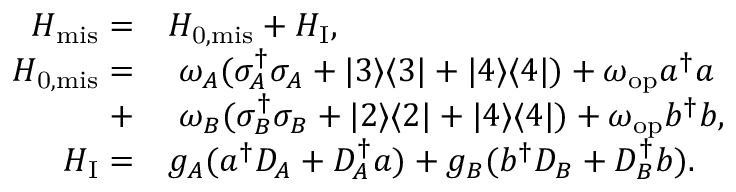
\begin{array} { r l } { H _ { \mathrm { m i s } } = } & { H _ { \mathrm { 0 , m i s } } + H _ { \mathrm { I } } , } \\ { H _ { \mathrm { 0 , m i s } } = } & { ~ \omega _ { A } ( \sigma _ { A } ^ { \dagger } \sigma _ { A } + | 3 \rangle \langle 3 | + | 4 \rangle \langle 4 | ) + \omega _ { \mathrm { o p } } a ^ { \dagger } a } \\ { + } & { ~ \omega _ { B } ( \sigma _ { B } ^ { \dagger } \sigma _ { B } + | 2 \rangle \langle 2 | + | 4 \rangle \langle 4 | ) + \omega _ { \mathrm { o p } } b ^ { \dagger } b , } \\ { H _ { \mathrm { I } } = } & { g _ { A } ( a ^ { \dagger } D _ { A } + D _ { A } ^ { \dagger } a ) + g _ { B } ( b ^ { \dagger } D _ { B } + D _ { B } ^ { \dagger } b ) . } \end{array}